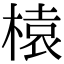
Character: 榬